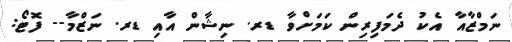
ނަމްޒާއާ އެކު ދެމަފިރިން ކަމަށްވާ ޑރ. ނިޝާން އާއި ޑރ. ނަޒްމާ-- ފޮޓޯ: